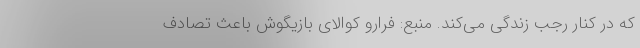
که در کنار رجب زندگی می‌کند. منبع: فرارو کوالای بازیگوش باعث تصادف